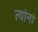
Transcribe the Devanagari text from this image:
त्‍यांनां